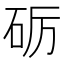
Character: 砺